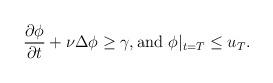
LaTeX: \begin{align*} \frac{\partial \phi} {\partial t} + \nu \Delta \phi\ge \gamma, \hbox{and }\phi|_{t=T}\le u_T.\end{align*}